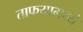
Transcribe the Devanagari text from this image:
ताफयामध्ये